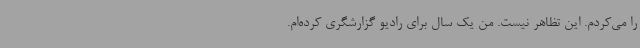
را می‌کردم. این تظاهر نیست. من یک سال برای رادیو گزارشگری کرده‌ام.